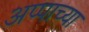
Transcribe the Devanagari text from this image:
अप्पाच्या